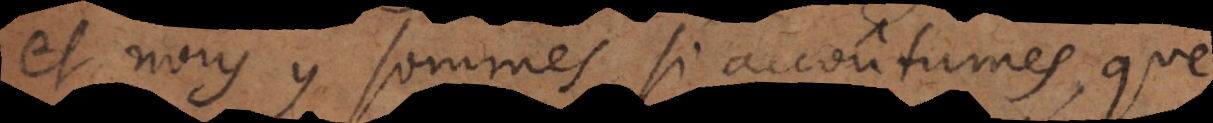
et nous y sommes si accoûtumés, que